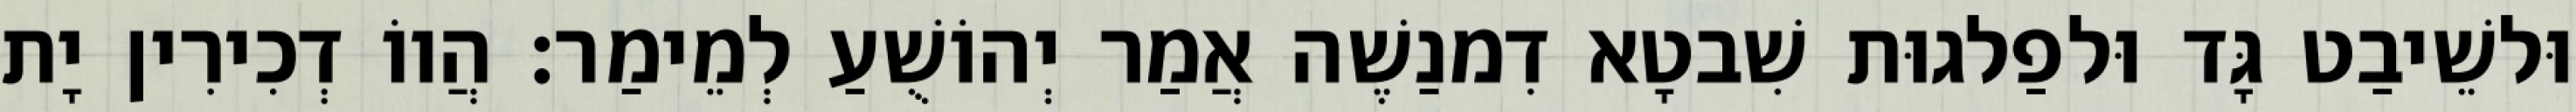
וּלשֵׁיבַט גָּד וּלפַלגוּת שִׁבטָא דִמנַשֶׁה אֲמַר יְהוֹשֻׁעַ לְמֵימַר׃ הֲווֹ דְכִירִין יָת